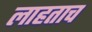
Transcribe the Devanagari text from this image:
लाहताच